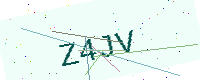
Text: Z4JV